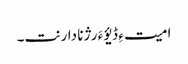
امیت ءِ ڈیؤ ءَ رژنا دارنت۔